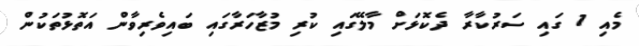
މެއި 1 ގައި ސަރުކާރާ ދެކޮޅަށް މާލޭގައި ކުރި މުޒާހަރާގައި ބައިވެރިވާން އަތޮޅުތަކުން